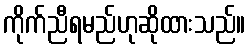
ကိုက်ညီရမည်ဟုဆိုထားသည်။